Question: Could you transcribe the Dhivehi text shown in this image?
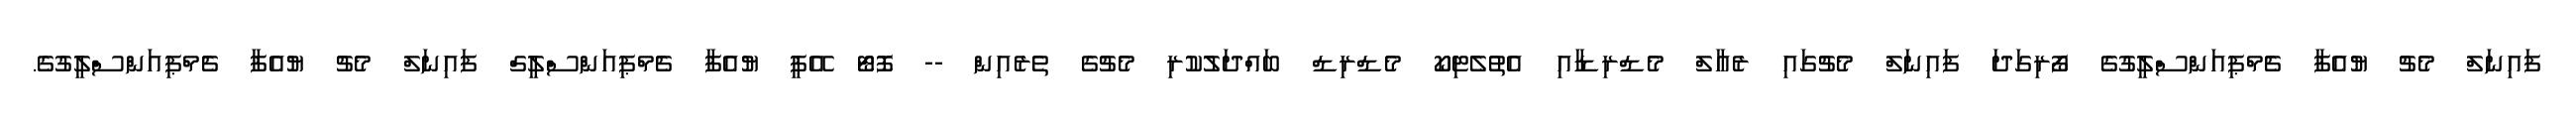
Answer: ފައިނަލް މެޗު ޔުއެފާ ޗެމްޕިއަންސްލީގުގެ ފޯރިގަދަ ފައިނަލް މެޗުގައި ރެއާލް މެޑްރިޑާއި އެތުލެޓިކޯ މެޑްރިޑް ބައްދަލުކުރި މެޗުގެ ތެރެއިން -- ފޮޓޯ އޭޕީ ޔުއެފާ ޗެމްޕިއަންސްލީގް ފައިނަލް މެޗު ޔުއެފާ ޗެމްޕިއަންސްލީގުގެ.